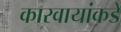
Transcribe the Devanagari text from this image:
कारवायांकडे